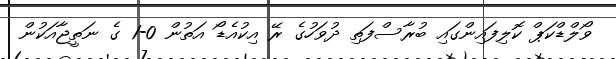
ވޯލްޑްކަޕް ކޮލިފައިންގައި ބުރާސްފަތި ދުވަހުގެ ރޭ އިކުއެޑޯ އަތުން 0-1 ގެ ނަތީޖާއަކުން